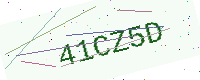
Text: 41CZ5D